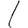
Digit: 1